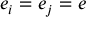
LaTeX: e _ { i } = e _ { j } = e